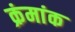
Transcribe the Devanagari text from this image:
क्रंमांक